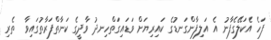
ފަހެ އެކަލޭގެފާނު އެ އަލިފާންގަނޑުގެ ކައިރިޔަށް ވަޑައިގަތްހިނދު ވާދީގެ ކަނާތްފަރާތުގައިވާ  ތެރި